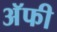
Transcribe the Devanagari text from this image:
अॅफी